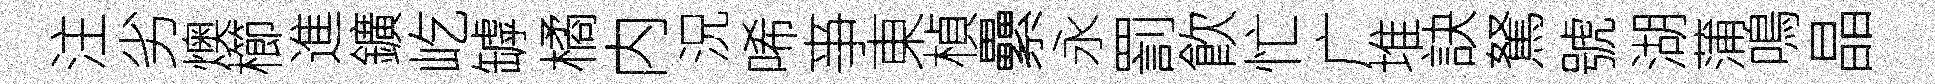
注劣燠櫛進鑛屹罅橘内況唏亊東楨纍永罰飮忙广堆訣駑號湖蒲鳴晶